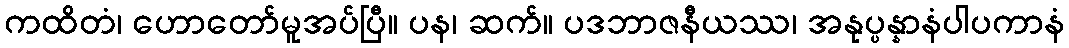
ကထိတံ၊ ဟောတော်မူအပ်ပြီ။ ပန၊ ဆက်။ ပဒဘာဇနီယဿ၊ အနုပ္ပန္နာနံပါပကာနံ